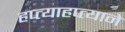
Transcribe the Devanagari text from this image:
हप्त्याहप्त्याने